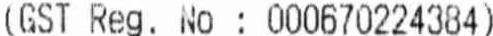
(GST REG. NO : 000670224384)